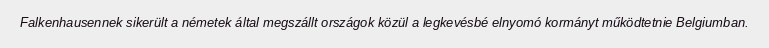
Falkenhausennek sikerült a németek által megszállt országok közül a legkevésbé elnyomó kormányt működtetnie Belgiumban.